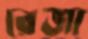
রেজা